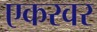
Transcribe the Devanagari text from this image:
एकरवर